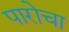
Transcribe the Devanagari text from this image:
पारोचा